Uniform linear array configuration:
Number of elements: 12
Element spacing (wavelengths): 0.5
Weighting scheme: cosine
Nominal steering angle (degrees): -30
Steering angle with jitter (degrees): -31.375
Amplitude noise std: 0.05
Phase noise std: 0.05

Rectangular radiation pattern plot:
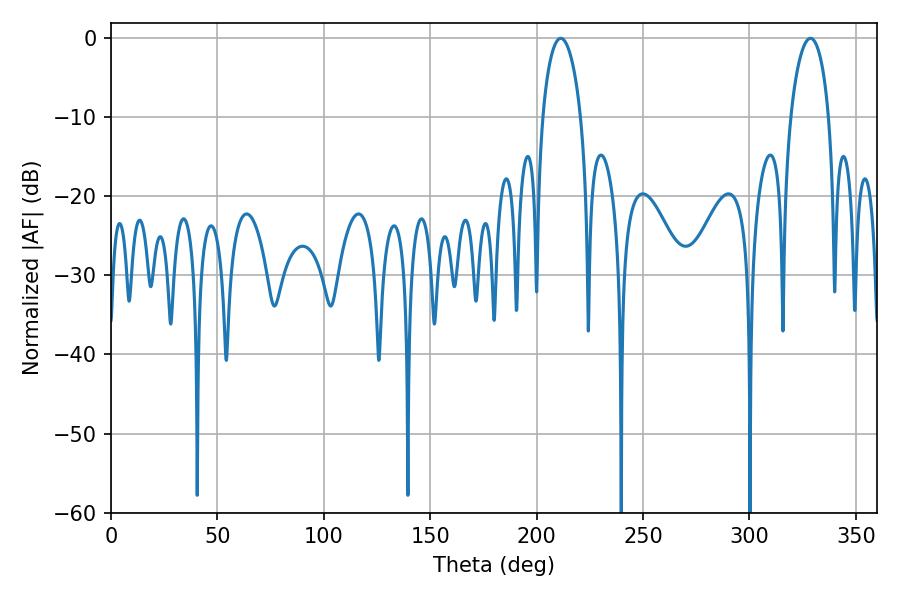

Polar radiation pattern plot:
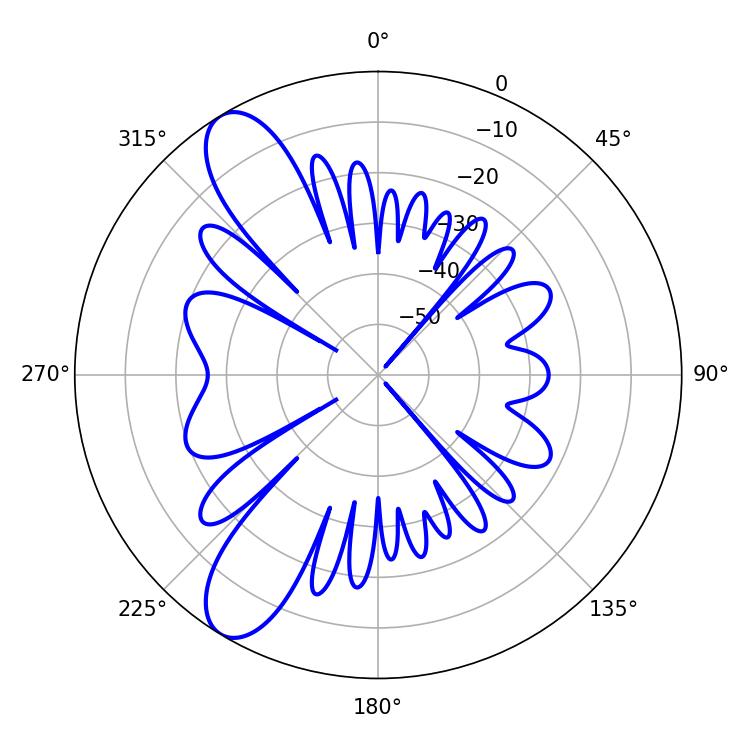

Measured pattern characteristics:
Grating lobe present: FALSE
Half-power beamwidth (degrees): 10.26
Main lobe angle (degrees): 211.32